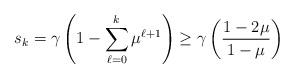
LaTeX: \begin{align*} s_{k} = \gamma \left(1-\sum_{\ell=0}^{k}\mu^{\ell+1}\right) \geq \gamma\left(\frac{1-2\mu}{1-\mu}\right) \end{align*}